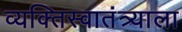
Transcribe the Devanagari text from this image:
व्यक्तिस्वातंत्र्याला